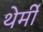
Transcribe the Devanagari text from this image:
थेर्मी